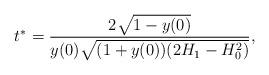
LaTeX: \begin{align*}t^*=\frac{2\sqrt{1-y(0)}}{y(0)\sqrt{(1+y(0))(2H_1-H_0^2)}},\end{align*}